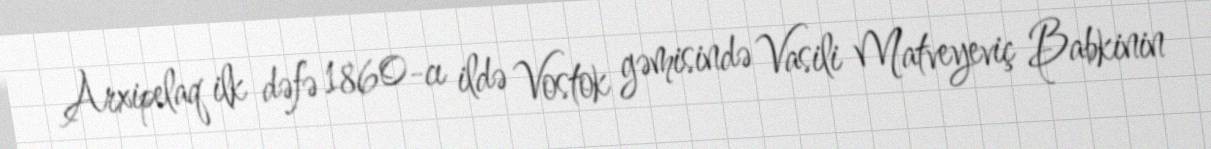
Arxipelaq ilk dəfə 1860-cı ildə Vostok gəmisində Vasili Matveyeviç Babkinin